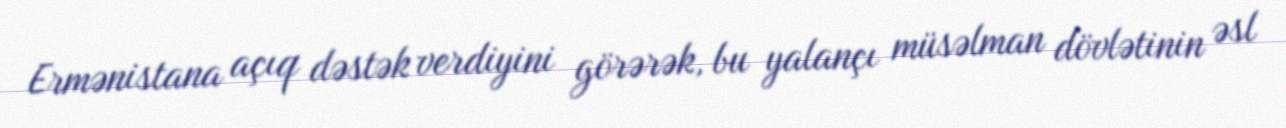
Ermənistana açıq dəstək verdiyini görərək, bu yalançı müsəlman dövlətinin əsl